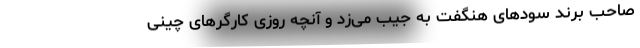
صاحبِ برندْ سود‌های هنگفت به جیب می‌زد و آنچه روزیِ کارگرهای چینی